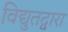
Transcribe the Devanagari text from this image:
विद्युतद्वारा